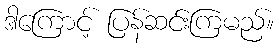
ဒါကြောင့် ပြန်ဆင်းကြမည်။